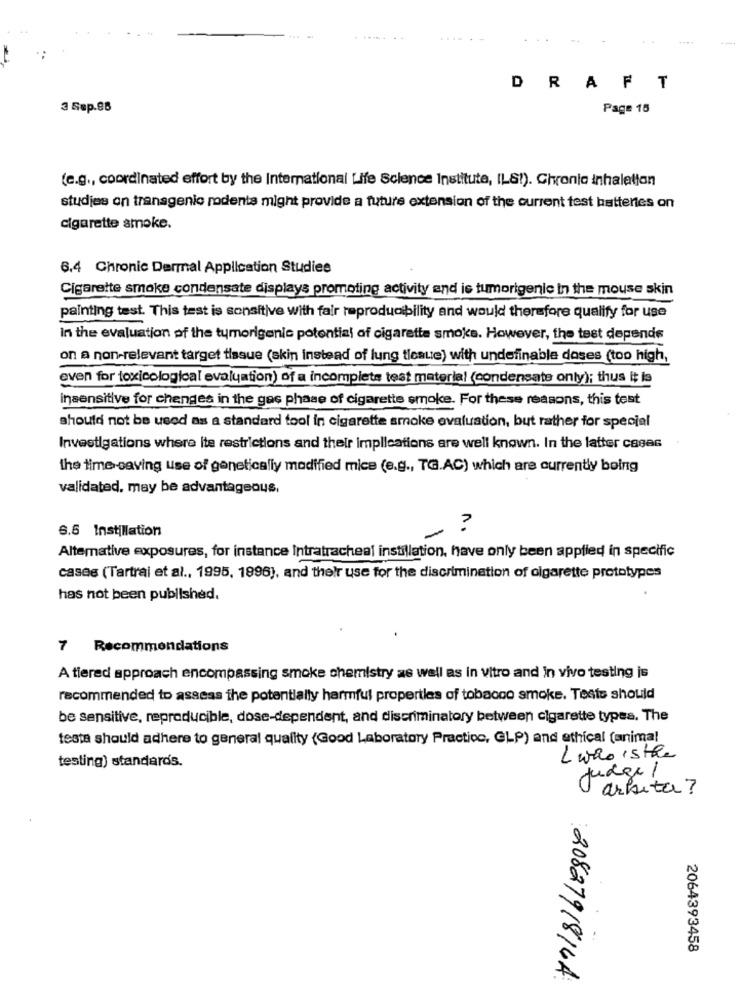
..
..
---*
DRAFT
3 Sep.98
Page 15
(e.g ., coordinated effort by the International Life Science Institute, ILS!). Chronio inhalation
studies on transgenic rodents might provide a future extension of the current test batteries on
cigarette smoke.
6,4 Chronic Dermal Application Studies
Cigarette smoke condensate displays promoting activity and is tumorigenic in the mouse skin
painting test. This test is sensitive with fair reproducibility and would therefore qualify for use
In the evaluation of the tumorigenic potential of cigarette smoke. However, the test depends
on a non-relevant target tissue (skin instead of lung tlesue) with undefinable doses (too high,
even for toxicological evaluation) of a incomplets test material (condensate only); thus it is
insensitive for changes in the gas phase of cigarette smoke. For these reasons, this test
should not be used as a standard tool in cigarette smoke evaluation, but rather for special
Investigations where ite restrictions and their implications are well known. In the latter casas
the time-saving use of genetically modified mice (e.g ., TG.AC) which are currently boing
validated, may be advantageous,
6.6 Instillation
?
Altemative exposures, for instance Intratracheal instillation, have only been applied in specific
cases (Tartrai et al ., 1995, 1996), and their use for the discrimination of olgarette prototypes
has not been published.
7 Recommendations
A tiered approach encompassing smoke chemistry as well as in vitro and in vivo testing is
recommended to assess the potentially harmful properties of tobacco smoke. Teste should
be sensitive, reproducible, dose-dependent, and discriminatory between cigarette types. The
testa should adhere to general quality (Good Laboratory Practico, GLP) and ethical (animal
testing) standards.
L who isthe
Judge /
arbeta?
2064393458
2082791814A